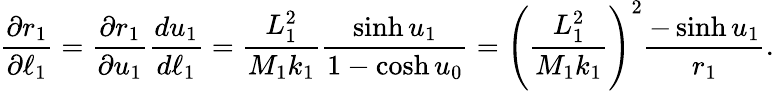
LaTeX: \frac{\partial r_{1}}{\partial\ell_{1}}=\frac{\partial r_{1}}{\partial u_{1}}\frac{du_{1}}{d\ell_{1}}=\frac{L_{1}^{2}}{M_{1}k_{1}}\frac{\sinh u_{1}}{1-\cosh u_{0}}=\left(\frac{L_{1}^{2}}{M_{1}k_{1}}\right)^{2}\frac{-\sinh u_{1}}{r_{1}}.